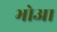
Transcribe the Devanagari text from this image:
भोआ